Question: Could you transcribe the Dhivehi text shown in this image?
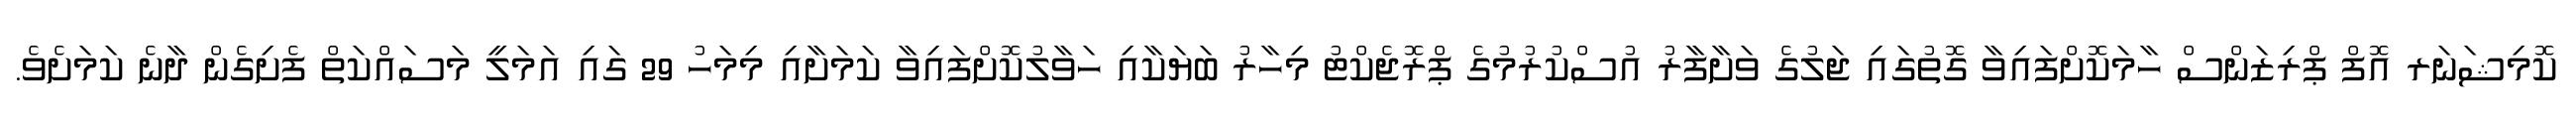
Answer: ކޮމިޝަނަރ އޮފް ޕްރިޒަންސް ހާމަކޮށްފައިވާ ގޮތުގައި ޖަލުގެ ވަށާފާރު އުސްކުރުމުގެ ޕްރޮޖެކްޓު މިހާރު ބަޔަކާއި ހަވާލުކޮށްފައިވާ ކަމަށާއި މިމަހު 29 ގައި އަމަލީ މަސައްކަތް ފެށިގެން ދާނެ ކަމަށެވެ.